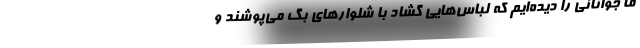
ما جوانانی را دیده‌ایم که لباس‌هایی گشاد با شلوارهای بگ می‌پوشند و